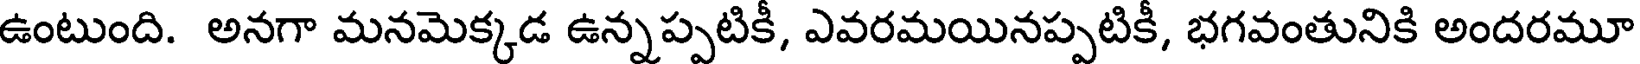
ఉంటుంది. అనగా మనమెక్కడ ఉన్నప్పటికీ, ఎవరమయినప్పటికీ, భగవంతునికి అందరమూ